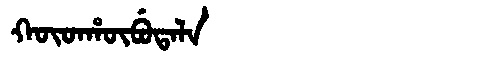
Manchu: ᡴᡡᡨᡥᡡᠪᡠᡨᠠᠯᠠ
Romanization: KŪTHŪBUTALA